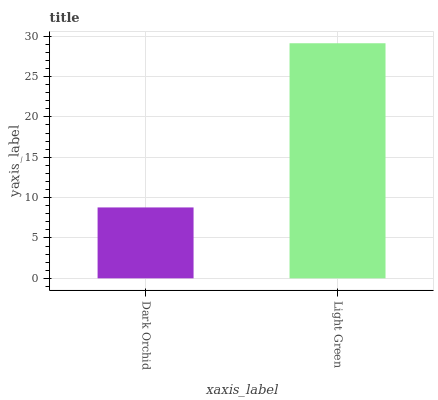
| xaxis_label | bars |
 | --- | --- |
 | Dark Orchid | 8.78 |
 | Light Green | 29.1 |